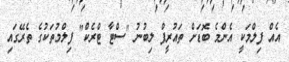
އެއް ފިލްމަކީ އެންމެ ބޮޑަށް ތައުރީފް ލިބުނު "ސްޓާ ޓްރެކް" ފިލްމުތަކުގެ ތެރޭގައި